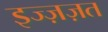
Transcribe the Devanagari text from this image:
इज्ज़ज़त